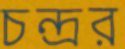
চন্দ্রর